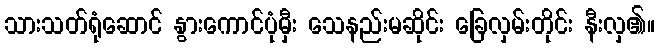
သားသတ်ရုံဆောင် နွားကောင်ပုံမှီး သေနည်းမဆိုင်း ခြေလှမ်းတိုင်း နီးလှ၏။